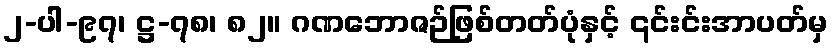
၂-ပါ-၉၇၊ ဋ္ဌ-၇၈၊ ၈၂။ ဂဏဘောဇဉ်ဖြစ်တတ်ပုံနှင့် ၎င်းင်းအာပတ်မှ